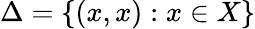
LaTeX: \Delta=\{ (x,x):x\in X\}